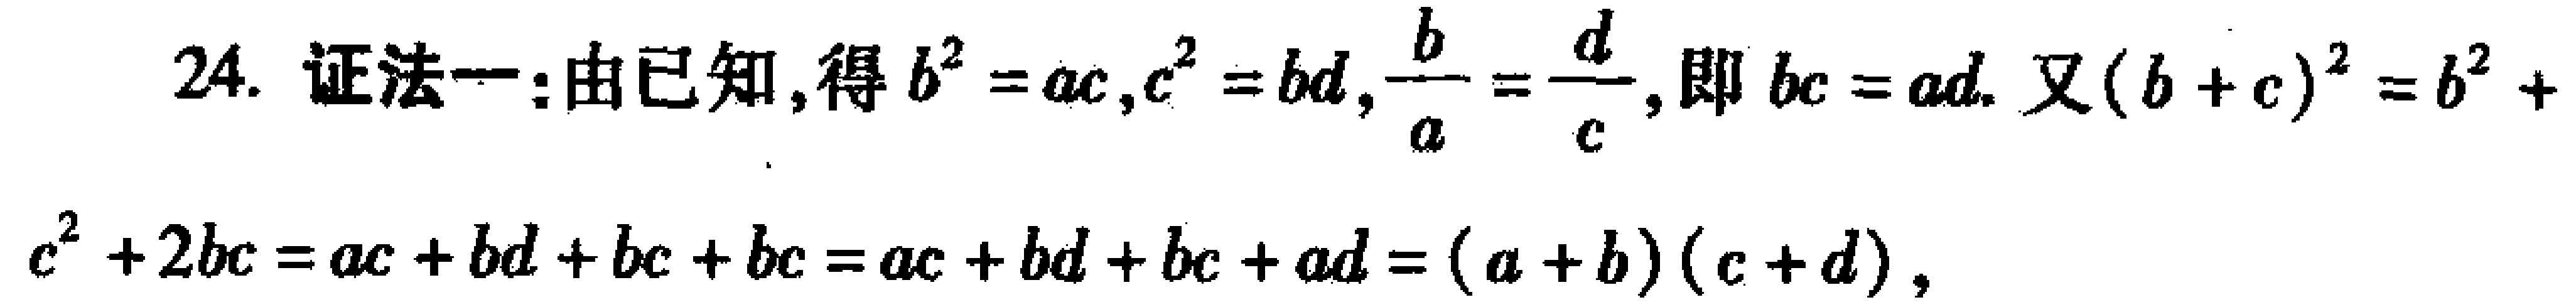
24. 证法一：由已知，得\(b^{2}=ac\)，\(c^{2}=bd\)，\(\frac{b}{a}=\frac{d}{c}\)，即\(bc = ad\). 又\((b + c)^{2}=b^{2}+c^{2}+2bc=ac + bd+bc + bc=ac + bd+bc + ad=(a + b)(c + d)\)，